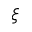
\xi